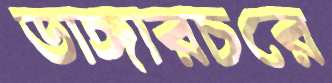
ডাঙ্গারচরে